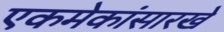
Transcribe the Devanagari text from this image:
एकमेकांसारखे